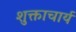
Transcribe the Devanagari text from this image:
शुक्ताचार्य